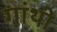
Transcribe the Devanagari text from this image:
गांथी